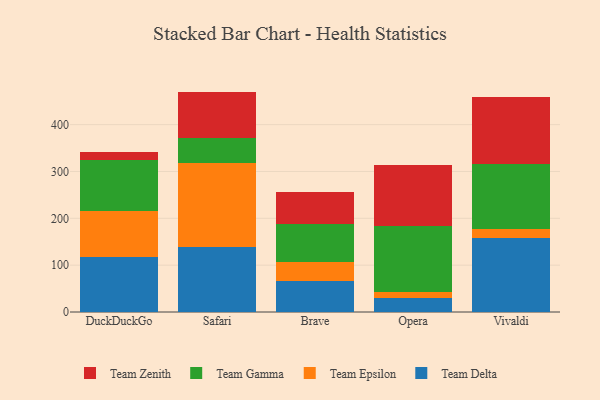
{"axis": {"x": "Browser", "y": "Energy Usage (MWh)"}, "legend": ["Team Delta", "Team Epsilon", "Team Gamma", "Team Zenith"], "data": [{"x": "DuckDuckGo", "y": 116.7, "type": "Team Delta"}, {"x": "DuckDuckGo", "y": 98.6, "type": "Team Epsilon"}, {"x": "DuckDuckGo", "y": 109.8, "type": "Team Gamma"}, {"x": "DuckDuckGo", "y": 16.6, "type": "Team Zenith"}, {"x": "Safari", "y": 137.8, "type": "Team Delta"}, {"x": "Safari", "y": 179.7, "type": "Team Epsilon"}, {"x": "Safari", "y": 53.6, "type": "Team Gamma"}, {"x": "Safari", "y": 99.4, "type": "Team Zenith"}, {"x": "Brave", "y": 66.3, "type": "Team Delta"}, {"x": "Brave", "y": 39.7, "type": "Team Epsilon"}, {"x": "Brave", "y": 81.3, "type": "Team Gamma"}, {"x": "Brave", "y": 67.9, "type": "Team Zenith"}, {"x": "Opera", "y": 30.0, "type": "Team Delta"}, {"x": "Opera", "y": 11.9, "type": "Team Epsilon"}, {"x": "Opera", "y": 142.5, "type": "Team Gamma"}, {"x": "Opera", "y": 129.5, "type": "Team Zenith"}, {"x": "Vivaldi", "y": 157.4, "type": "Team Delta"}, {"x": "Vivaldi", "y": 18.9, "type": "Team Epsilon"}, {"x": "Vivaldi", "y": 139.3, "type": "Team Gamma"}, {"x": "Vivaldi", "y": 143.8, "type": "Team Zenith"}]}